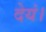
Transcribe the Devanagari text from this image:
देयं।